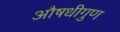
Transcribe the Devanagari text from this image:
औषधीगुण